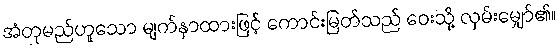
အံတုမည်ဟူသော မျက်နှာထားဖြင့် ကောင်းမြတ်သည် ဝေးသို့ လှမ်းမျှော်၏။